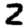
Digit: 2